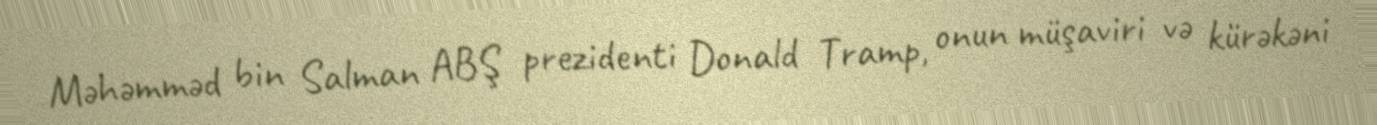
Məhəmməd bin Salman ABŞ prezidenti Donald Tramp, onun müşaviri və kürəkəni